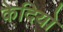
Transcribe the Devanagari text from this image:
केदियो